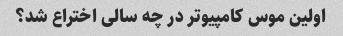
اولین موس کامپیوتر در چه سالی اختراع شد؟